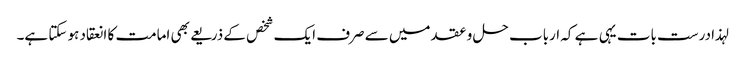
لہذا درست بات یہی ہے کہ ارباب حل و عقد میں سے صرف ایک شخص کے ذریعے بھی امامت کا انعقاد ہو سکتا ہے۔